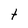
Character: Y